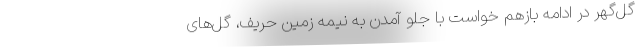
گل‌گهر در ادامه بازهم خواست با جلو آمدن به نیمه زمین حریف، گل‌های